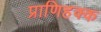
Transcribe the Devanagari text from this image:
प्राणिहक्क